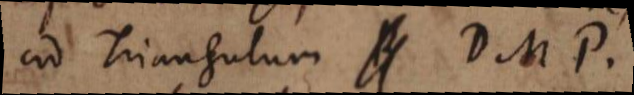
ad Triangulum DMP.